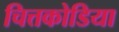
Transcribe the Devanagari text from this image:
चित्तकोडिया